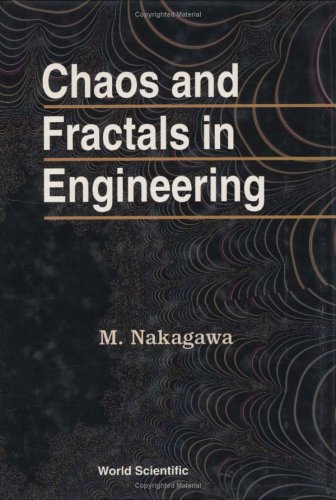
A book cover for Chaos and Fractals in Engineering; Masahiro Nakagawa; Science & Math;